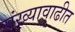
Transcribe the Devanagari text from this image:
संख्यावाढीत